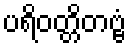
ပရိဝတ္တိတဗ္ဗံ